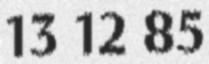
13 12 85